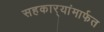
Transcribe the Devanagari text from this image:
सहकार्‍यांमार्फत